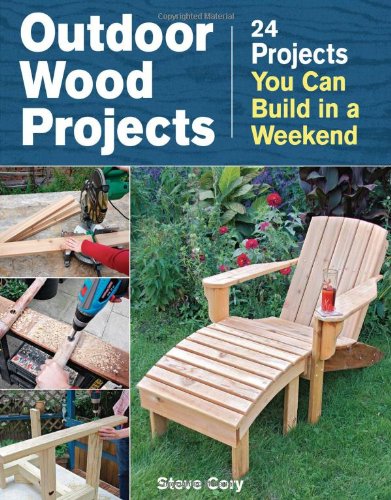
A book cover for Outdoor Wood Projects: 24 Projects You Can Build in a Weekend; Steve Cory; Crafts, Hobbies & Home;